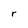
Character: r